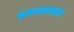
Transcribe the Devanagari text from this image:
सत्यभामाख्यान